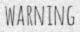
WARNING